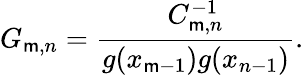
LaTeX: G_{\mathsf{m},n}=\frac{{C_{\mathsf{m},n}^{-1}}}{{g(x_{\mathsf{m}-1})g(x_{n-1})}}.